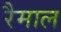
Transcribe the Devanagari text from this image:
रैमाल